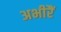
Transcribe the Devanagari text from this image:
अभीरैं